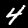
Label: 4